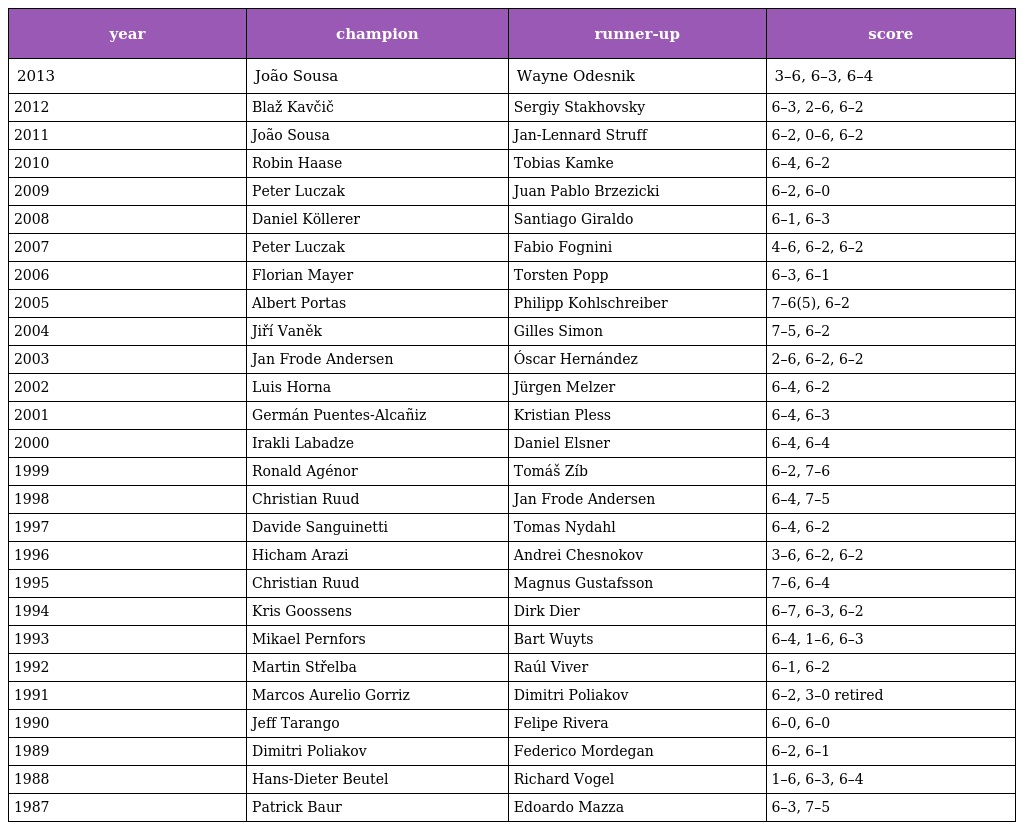
| year | champion | runner-up | score |
 | --- | --- | --- | --- |
 | 2013 | João Sousa | Wayne Odesnik | 3–6, 6–3, 6–4 |
 | 2012 | Blaž Kavčič | Sergiy Stakhovsky | 6–3, 2–6, 6–2 |
 | 2011 | João Sousa | Jan-Lennard Struff | 6–2, 0–6, 6–2 |
 | 2010 | Robin Haase | Tobias Kamke | 6–4, 6–2 |
 | 2009 | Peter Luczak | Juan Pablo Brzezicki | 6–2, 6–0 |
 | 2008 | Daniel Köllerer | Santiago Giraldo | 6–1, 6–3 |
 | 2007 | Peter Luczak | Fabio Fognini | 4–6, 6–2, 6–2 |
 | 2006 | Florian Mayer | Torsten Popp | 6–3, 6–1 |
 | 2005 | Albert Portas | Philipp Kohlschreiber | 7–6(5), 6–2 |
 | 2004 | Jiří Vaněk | Gilles Simon | 7–5, 6–2 |
 | 2003 | Jan Frode Andersen | Óscar Hernández | 2–6, 6–2, 6–2 |
 | 2002 | Luis Horna | Jürgen Melzer | 6–4, 6–2 |
 | 2001 | Germán Puentes-Alcañiz | Kristian Pless | 6–4, 6–3 |
 | 2000 | Irakli Labadze | Daniel Elsner | 6–4, 6–4 |
 | 1999 | Ronald Agénor | Tomáš Zíb | 6–2, 7–6 |
 | 1998 | Christian Ruud | Jan Frode Andersen | 6–4, 7–5 |
 | 1997 | Davide Sanguinetti | Tomas Nydahl | 6–4, 6–2 |
 | 1996 | Hicham Arazi | Andrei Chesnokov | 3–6, 6–2, 6–2 |
 | 1995 | Christian Ruud | Magnus Gustafsson | 7–6, 6–4 |
 | 1994 | Kris Goossens | Dirk Dier | 6–7, 6–3, 6–2 |
 | 1993 | Mikael Pernfors | Bart Wuyts | 6–4, 1–6, 6–3 |
 | 1992 | Martin Střelba | Raúl Viver | 6–1, 6–2 |
 | 1991 | Marcos Aurelio Gorriz | Dimitri Poliakov | 6–2, 3–0 retired |
 | 1990 | Jeff Tarango | Felipe Rivera | 6–0, 6–0 |
 | 1989 | Dimitri Poliakov | Federico Mordegan | 6–2, 6–1 |
 | 1988 | Hans-Dieter Beutel | Richard Vogel | 1–6, 6–3, 6–4 |
 | 1987 | Patrick Baur | Edoardo Mazza | 6–3, 7–5 |